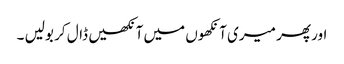
اور پھر میری آنکھوں میں آنکھیں ڈال کر بولیں ۔